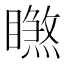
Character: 𥋧